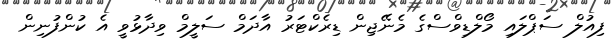
ފިއުލް ސަޕްލައި މޯލްޑިވްސްގެ މެނޭޖިން ޑިރެކްޓަރު އާދަމް ސަލީމް ވިދާޅުވީ އެ ކުންފުނިން